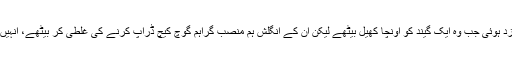
اس موقع پر نو کے انفرادی اسکور پر عمران سے ایک غلطی سرزد ہوئی جب وہ ایک گیند کو اونچا کھیل بیٹھے لیکن ان کے انگلش ہم منصب گراہم گوچ کیچ ڈراپ کرنے کی غلطی کر بیٹھے، انہیں کیا معلوم تھا کہ یہ غلطی انہیں ورلڈ کپ سے محروم کردے گی۔